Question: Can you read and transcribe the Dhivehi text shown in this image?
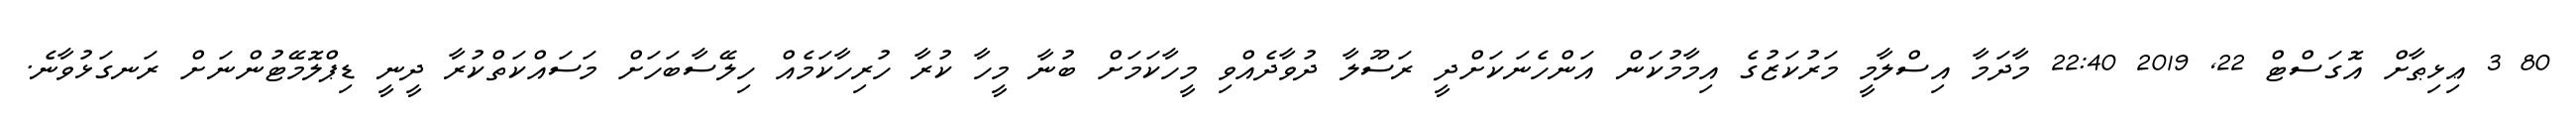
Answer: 80 3 ޢިޅިޠާށް އޮގަސްޓް 22, 2019 22:40 މާދަމާ އިސްލާމީ މަރުކަޒުގެ އިމާމުކަން އަންހެނަކަށްދީ ރަސޫލާ ދުވާދެއްވި މީހާކަމަށް ބުނާ މީހާ ކުރާ ހުރިހާކަމެއް ހިލޭސާބަހަށް މަސައްކަތްކުރާ ދީނީ ޑިޕްލޮމޭޓުންނަށް ރަނގަޅުވާނެ.